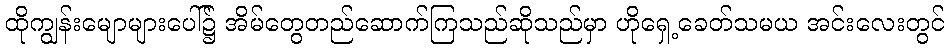
ထိုကျွန်းမျောများပေါ်၌ အိမ်တွေတည်ဆောက်ကြသည်ဆိုသည်မှာ ဟိုရှေ့ခေတ်သမယ အင်းလေးတွင်